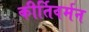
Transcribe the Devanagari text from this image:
कीर्तिवर्मन